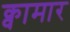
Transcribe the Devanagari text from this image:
क्वामार